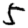
Digit: 5